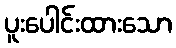
ပူးပေါင်းထားသော